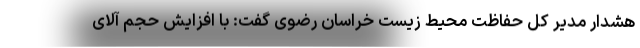
هشدار مدیر کل حفاظت محیط زیست خراسان رضوی گفت: با افزایش حجم آلای